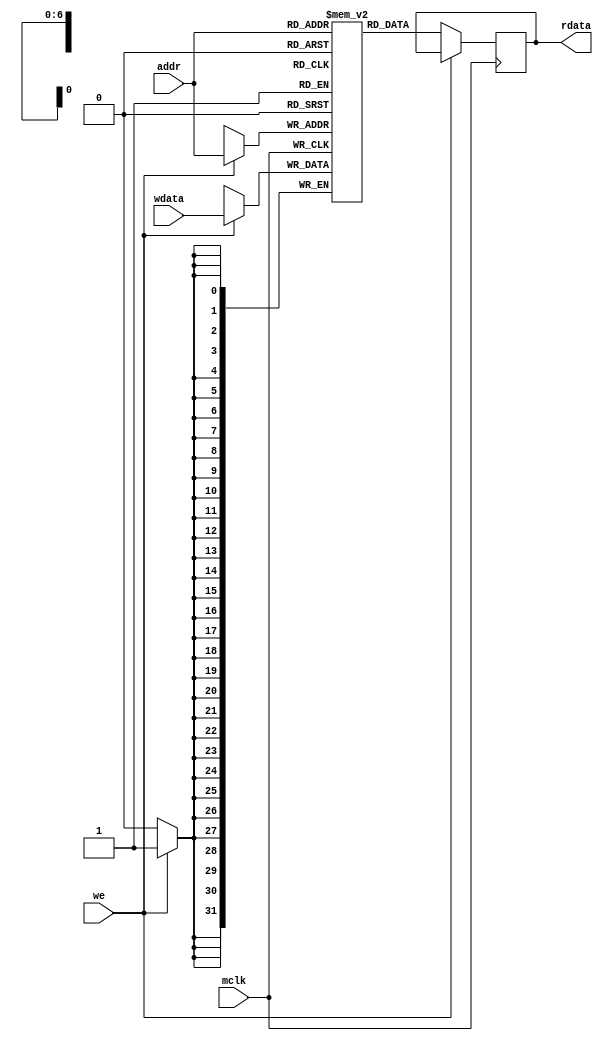

// code ram is a 128x32bit ram that allows < 128 instructions
// 

module ramcode(
input mclk,
input we,
input [6:0] addr,
input [31:0] wdata,
output [31:0] rdata
);

reg [31:0] q;
assign rdata = q;  

reg [31:0] mem [127:0] ;

always @(posedge mclk) begin
    if(we) begin
        //#1 $display("W: %d %X", addr, wdata);
        mem[addr] <= wdata;
        end
    else 
        q <= mem[addr];
    end


endmodule